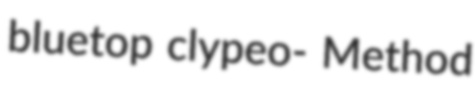
bluetop clypeo- Method